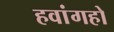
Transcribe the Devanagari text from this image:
हवांगहो